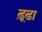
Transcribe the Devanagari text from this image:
ढ़ूढा